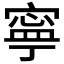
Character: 寧